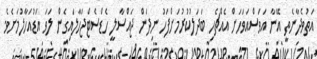
އަތުވެދާނެތީ އޭނާ އަވަސްއަވަހަށް އެއްޗެހި ބަދަލުކުރުމަށްފަހު ނިދަން ޖައްސާލީ ހެޑްސެޓްޖަހާލައިގެން ލަވަ އަޑުއަހާލުމަށެވެ.